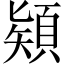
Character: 𩓙